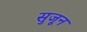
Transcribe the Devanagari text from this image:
सुजून